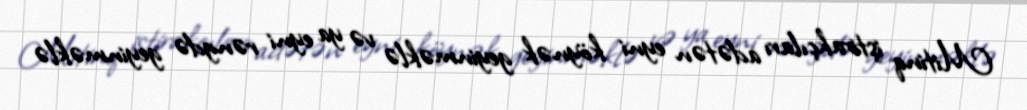
Mitinq iştirakçıları adətən eyni köynək geyinməklə və ya eyni rəngdə geyinməklə